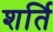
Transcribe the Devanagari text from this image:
शर्ति